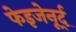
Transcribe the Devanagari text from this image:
फेइजेनूर्द्